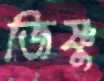
জিষ্ণু